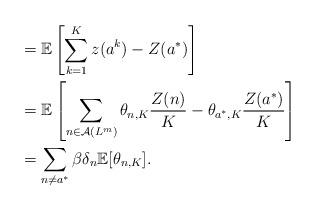
LaTeX: \begin{align*}&=\mathbb{E}\left[\sum_{k=1}^{K}z(a^k)- Z(a^*)\right] \\&=\mathbb{E} \left[\sum_{n\in \mathcal{A}(L^m)}\theta_{n,K} \frac{Z(n)}{K} - \theta_{a^*,K} \frac{Z(a^*)}{K}\right] \\&=\sum_{n\neq a^*}\beta\delta_n\mathbb{E}[\theta_{n,K}].\end{align*}